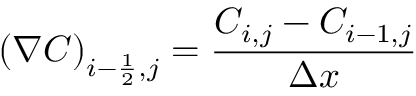
\left( \nabla C \right) _ { i - \frac { 1 } { 2 } , j } = \frac { C _ { i , j } - C _ { i - 1 , j } } { \Delta x }